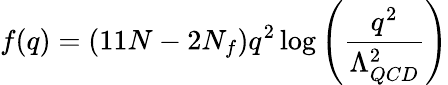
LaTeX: f(q)=(11N-2N_{f})q^{2}\log\left(\frac{q^{2}}{\Lambda_{QCD}^{2}}\right)